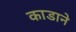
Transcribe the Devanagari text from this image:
काडाने